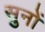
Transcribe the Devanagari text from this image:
सुनों